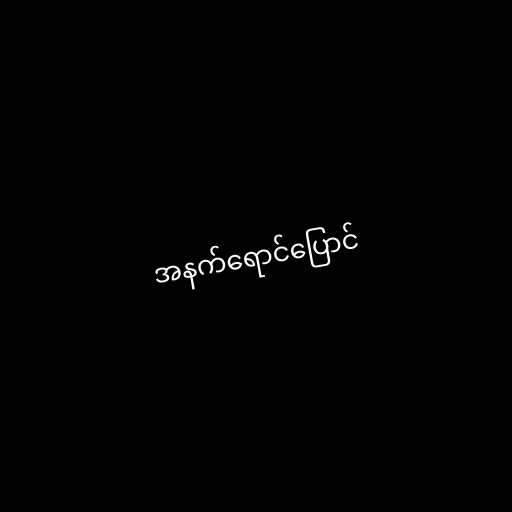
အနက်ရောင်ပြောင်